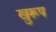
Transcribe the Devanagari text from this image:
खुरूप